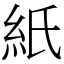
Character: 紙